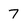
Character: 7